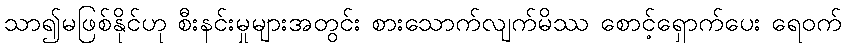
သာ၍မဖြစ်နိုင်ဟု စီးနင်းမှုများအတွင်း စားသောက်လျက်မိဿ စောင့်ရှောက်ပေး ရေဝက်